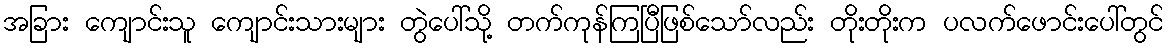
အခြား ကျောင်းသူ ကျောင်းသားများ တွဲပေါ်သို့ တက်ကုန်ကြပြီဖြစ်သော်လည်း တိုးတိုးက ပလက်ဖောင်းပေါ်တွင်